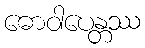
ဓောဝါပေန္တဿ